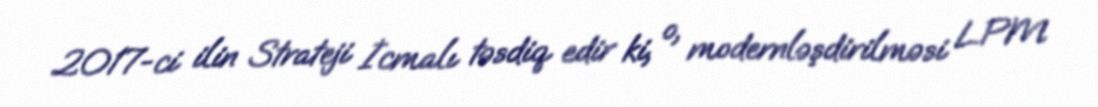
2017-ci ilin Strateji İcmalı təsdiq edir ki, o, modernləşdirilməsi LPM